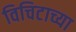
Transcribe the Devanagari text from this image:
विचिटाच्या